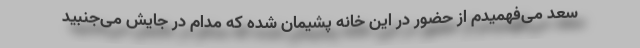
سعد می‌فهمیدم از حضور در این خانه پشیمان شده که مدام در جایش می‌جنبید